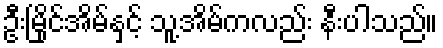
ဦးမြိုင်အိမ်နှင့် သူ့အိမ်ကလည်း နီးပါသည်။